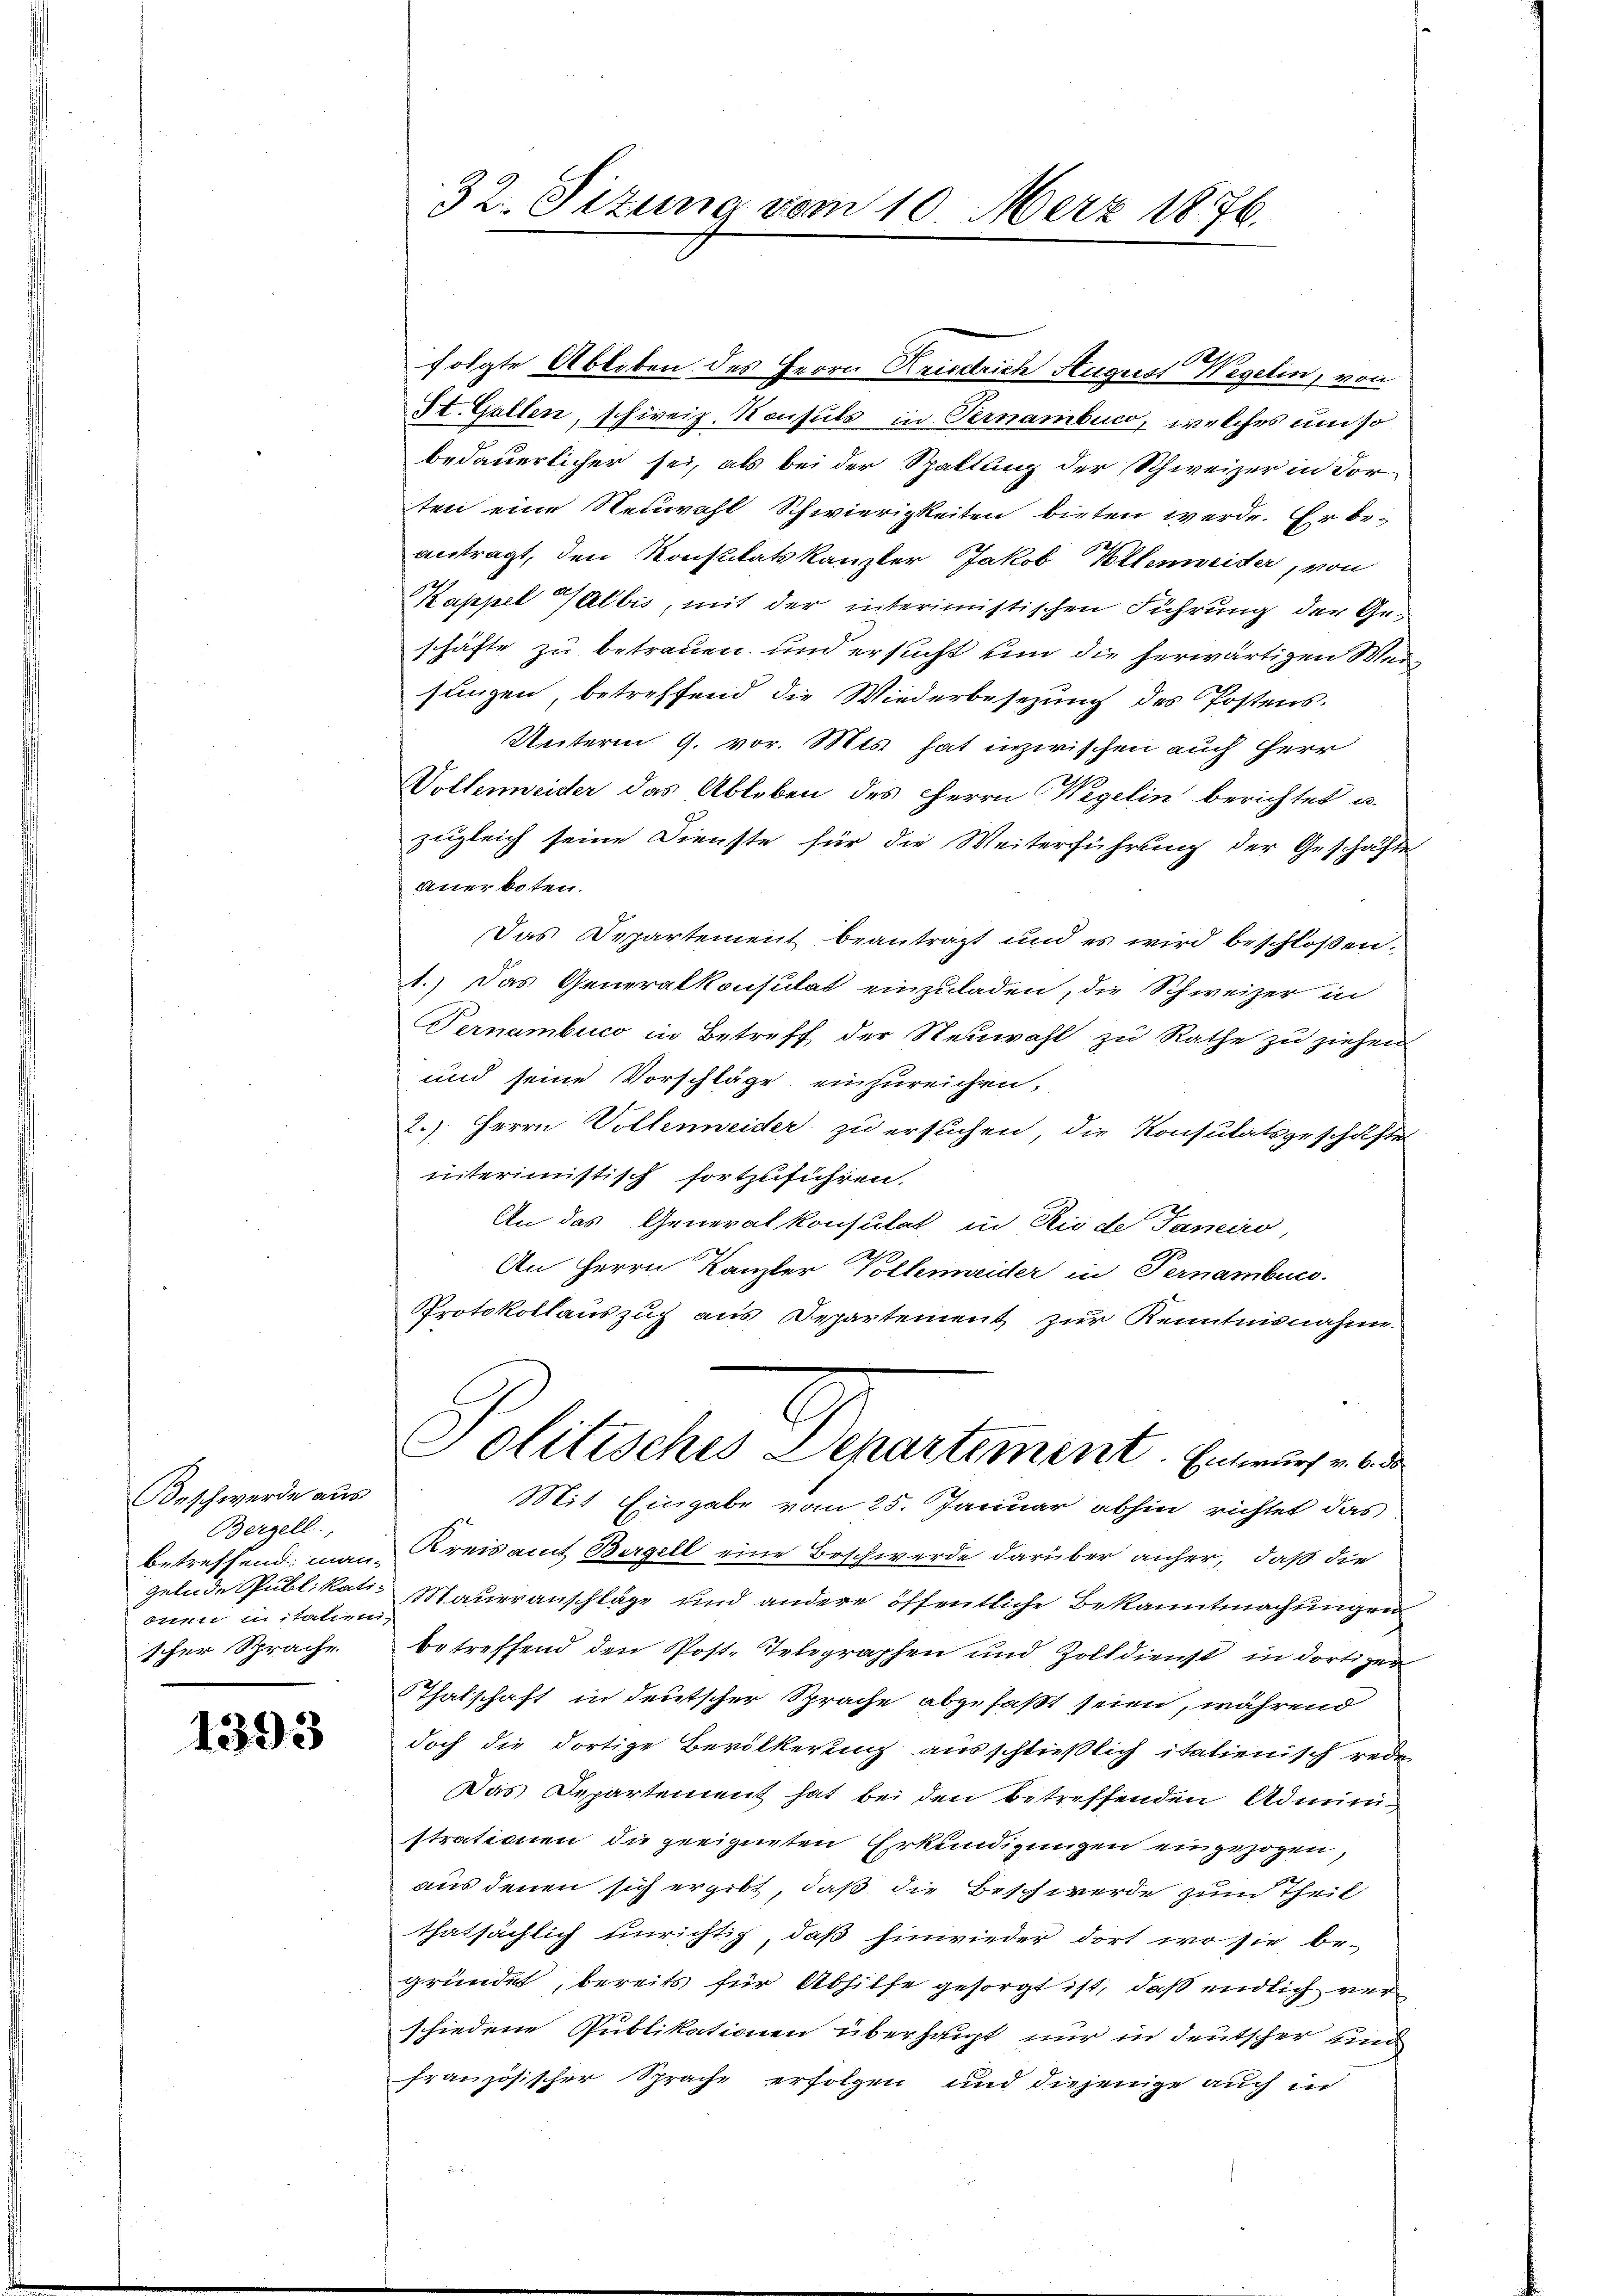
Beschwerde aus
Bergell.
orni in statien
scher Sprache

1393

32. Sizung vom 10. März 1876.

folgte Ableben des Herrn Kriserich August Wegelin, von
St. Gallen, schweiz. Konsuls in Pernambuch, welches um so
bedauerlicher sei, als bei der Spaltung der Schweizer in For-
ten eine Neuwahl Schwierigkeiten bieten werde. Er be-
antragt, den Konstitatskanzler Jakob Kollenweider, von
Kappel abbis, mit der interimistischen Führung der Geschäfte zu betrauen und ersucht um die herwärtigen Weisungen, betreffend die Wiederbesezung des Postens-
Unterm 9. vor. Mts. hat inzwischen auch Herr
Volleneider das Ableben des Herrn Wegelin berichtet u.
zugleich seine Dienste für die Weiterführung der Geschäfte
anerboten.
Das Departement beantragt und es wird beschloßen,
1.) Das Generalkonsulat einzuladen, die Schweizer in
Pernambuco in Betreff der Neuwahl zu Rathe zu ziehen
und seine Vorschläge einzureichen,
2.) Herrn Vollenweider zu ersuchen, die Konsulatsgeschäftes
interimistisch fortzuführen.
An das Generalkonsulat in Rio de Janeiro,
An Herrn Kanzler Volleneider in Pernamben.
Protokollauszug aus Departement zur Kenntnisnahme
Politisches Departement. Betrage er
Mit Eingabe vom 25. Januar abhin richtet das
betreffend, man Kreisamt Bergell eine Beschwerde darüber anher, daß die
gelnde Publikati- Maueranschläge und andere öffentliche Bekanntmachungen
betreffend den Post. Telegraphen und Zolldienst in dortiger
Thalschaft in deutscher Sprache abgefaßt seien, während
doch die dortige Bevölkerung ausschließlich italienisch rede
Das Departement hat bei den betreffenden Administrationen die geeigneten Erkundigungen eingezogen,
aus denen sich ergibt, daß die Beschwerde zum Theil
thatsächlich unrichtig, daß hinwieder dort wo sie begründet, bereits für Abhilfe gesorgt ist, daß endlich verschiedene Publikationen überhaupt nur in deutscher und
französischer Sprache erfolgen und diejenige auch in
u